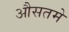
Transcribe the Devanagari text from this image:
औसतमे